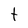
Character: t